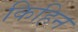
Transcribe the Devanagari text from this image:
किहिन